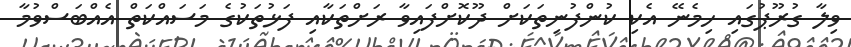
ވިލާ ގުރޫޕުގައި ހިމެނޭ އެކި ކުންފުނިތަކަށް ދޫކޮށްފައިވާ ރަށްތަކާއި ފަޅުތަކުގެ މަސައްކަތް އެއްބަސްވުމާ